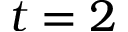
t = 2